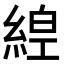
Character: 𦁻